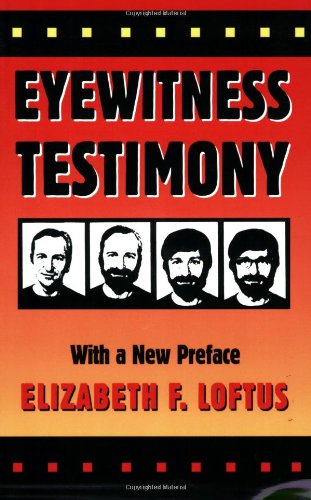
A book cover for Eyewitness Testimony: With a new preface by the author; Elizabeth F. Loftus; Law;